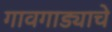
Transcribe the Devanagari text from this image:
गावगाड्याचे